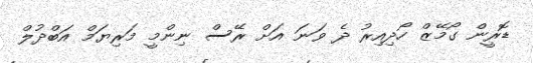
ޑޮރީން ގޯމޭޒް ހޯދިއިރު ދެ ވަނަ އަށް ރޭސް ނިންމީ މަރިޔަމް އަބްދުލް